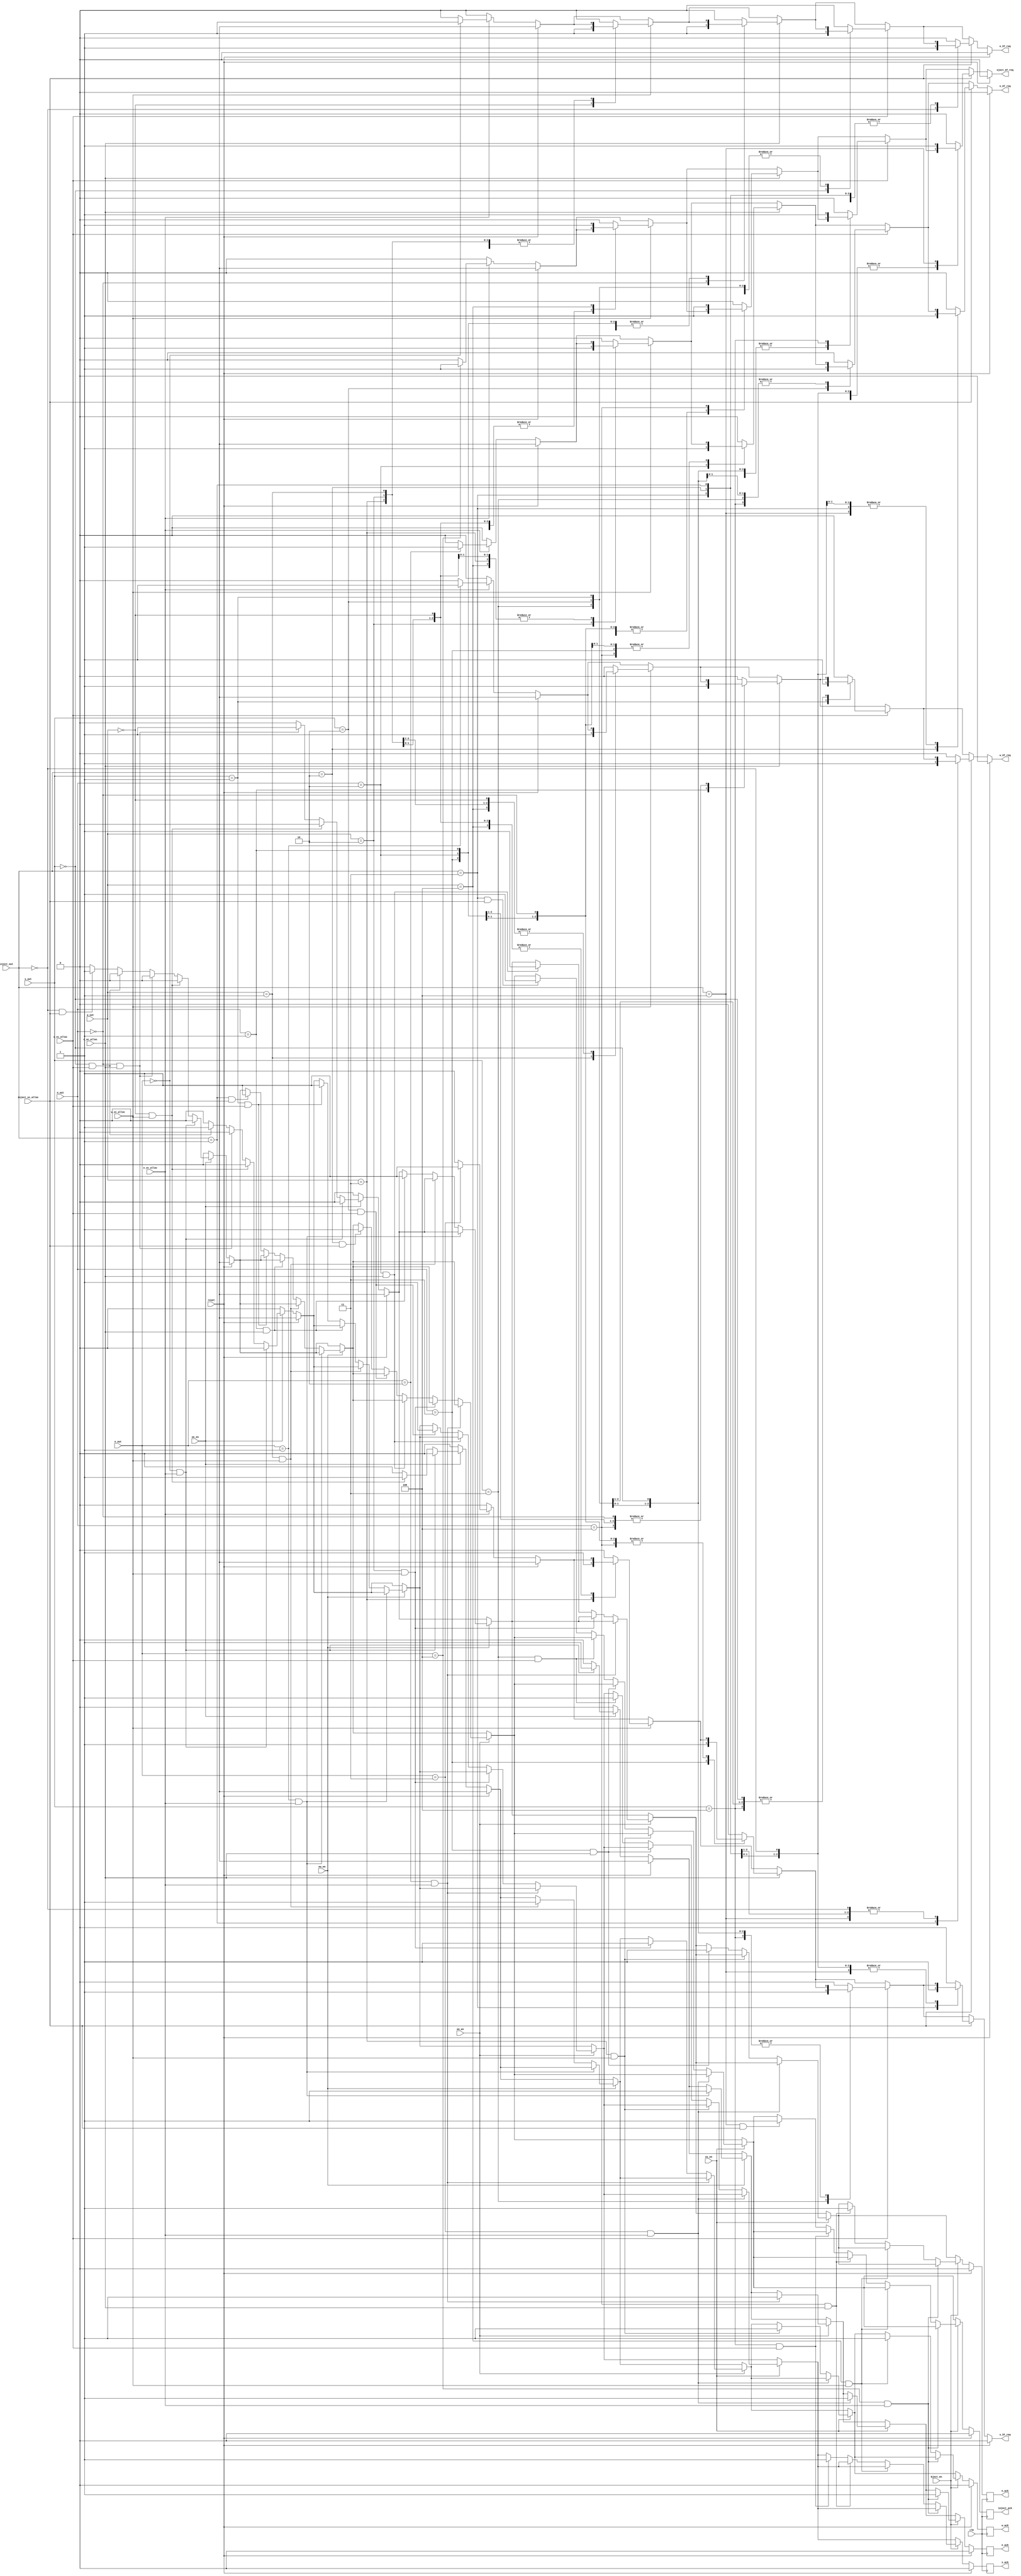
module ST_Controler (output reg e_ST_req, w_ST_req, n_ST_req, s_ST_req, eject_ST_req, e_ack, w_ack, n_ack, s_ack, inject_ack,
                     input clk, reset, e_vc_alloc, w_vc_alloc, n_vc_alloc, s_vc_alloc, inject_vc_alloc, oe_en, ow_en, on_en, os_en, Eject_en, 
                     input [2:0] e_out, w_out, n_out, s_out, inject_out);
  
  
  always @(*)
  begin
	if( reset)
		{e_ST_req, w_ST_req, n_ST_req, s_ST_req, eject_ST_req} = 5'b0;
	else
	begin
		{e_ST_req, w_ST_req, n_ST_req, s_ST_req, eject_ST_req} = 5'b0;	
		if(e_vc_alloc == 1)
		begin
		  case (e_out)
			3'b000:
			  e_ST_req = 1;
			3'b001:
			  w_ST_req = 1;
			3'b010:
			  n_ST_req = 1;
			3'b011:
			  s_ST_req = 1;
			3'b100:
			  eject_ST_req = 1;      
			default:
			  {e_ST_req, w_ST_req, n_ST_req, s_ST_req, eject_ST_req} = 5'b0;
		  endcase
		end
		
		if(w_vc_alloc == 1)
		begin
		  case (w_out)
			3'b000:
			  e_ST_req = 1;
			3'b001:
			  w_ST_req = 1;
			3'b010:
			  n_ST_req = 1;
			3'b011:
			  s_ST_req = 1;
			3'b100:
			  eject_ST_req = 1;      
			default:
			  {e_ST_req, w_ST_req, n_ST_req, s_ST_req, eject_ST_req} = 5'b0;
		  endcase
		end
		
		if(n_vc_alloc == 1)
		begin
		  case (n_out)
			3'b000:
			  e_ST_req = 1;
			3'b001:
			  w_ST_req = 1;
			3'b010:
			  n_ST_req = 1;
			3'b011:
			  s_ST_req = 1;
			3'b100:
			  eject_ST_req = 1;      
			default:
			  {e_ST_req, w_ST_req, n_ST_req, s_ST_req, eject_ST_req} = 5'b0;
		  endcase
		end
		
		if(s_vc_alloc == 1)
		begin
		  case (s_out)
			3'b000:
			  e_ST_req = 1;
			3'b001:
			  w_ST_req = 1;
			3'b010:
			  n_ST_req = 1;
			3'b011:
			  s_ST_req = 1;
			3'b100:
			  eject_ST_req = 1;      
			default:
			  {e_ST_req, w_ST_req, n_ST_req, s_ST_req, eject_ST_req} = 5'b0;
		  endcase
		end
		
		if(inject_vc_alloc == 1)
		begin
		  case (inject_out)
			3'b000:
			  e_ST_req = 1;
			3'b001:
			  w_ST_req = 1;
			3'b010:
			  n_ST_req = 1;
			3'b011:
			  s_ST_req = 1;
			3'b100:
			  eject_ST_req = 1;      
			default:
			  {e_ST_req, w_ST_req, n_ST_req, s_ST_req, eject_ST_req} = 5'b0;
		  endcase
		end
	end
  end
  
  
  always @(posedge clk)
  begin
	if( reset )
		{e_ack, w_ack, n_ack, s_ack, inject_ack} = 5'b0;
	else
	begin
		{e_ack, w_ack, n_ack, s_ack, inject_ack} = 5'b0;
		if(oe_en == 1)
		begin
		  if(e_out == 3'd0 && e_vc_alloc)
			e_ack = 1;
		  else if(w_out == 3'd0 && w_vc_alloc)
			w_ack = 1;
		  else if(n_out == 3'd0 && n_vc_alloc)
			n_ack = 1;
		  else if(s_out == 3'd0 && s_vc_alloc)
			s_ack = 1;
		  else if(inject_out == 3'd0 && inject_vc_alloc)
			inject_ack = 1;
		end
		if(ow_en == 1)
		begin
		  if(e_out == 3'd1 && e_vc_alloc)
			e_ack = 1;
		  else if(w_out == 3'd1 && w_vc_alloc)
			w_ack = 1;
		  else if(n_out == 3'd1 && n_vc_alloc)
			n_ack = 1;
		  else if(s_out == 3'd1 && s_vc_alloc)
			s_ack = 1;
		  else if(inject_out == 3'd1 && inject_vc_alloc)
			inject_ack = 1;
		end
		if(on_en == 1)
		begin
		  if(e_out == 3'd2 && e_vc_alloc)
			e_ack = 1;
		  else if(w_out == 3'd2 && w_vc_alloc)
			w_ack = 1;
		  else if(n_out == 3'd2 && n_vc_alloc)
			n_ack = 1;
		  else if(s_out == 3'd2 && s_vc_alloc)
			s_ack = 1;
		  else if(inject_out == 3'd2 && inject_vc_alloc)
			inject_ack = 1;
		end
		if(os_en == 1)
		begin
		  if(e_out == 3'd3 && e_vc_alloc)
			e_ack = 1;
		  else if(w_out == 3'd3 && w_vc_alloc)
			w_ack = 1;
		  else if(n_out == 3'd3 && n_vc_alloc)
			n_ack = 1;
		  else if(s_out == 3'd3 && s_vc_alloc)
			s_ack = 1;
		  else if(inject_out == 3'd3 && inject_vc_alloc)
			inject_ack = 1;
		end
		if(Eject_en == 1)
		begin
      if(e_out == 3'd4 && e_vc_alloc)
        e_ack = 1;
      else if(w_out == 3'd4 && w_vc_alloc)
        w_ack = 1;
      else if(n_out == 3'd4 && n_vc_alloc)
        n_ack = 1;
      else if(s_out == 3'd4 && s_vc_alloc)
        s_ack = 1;
      else if(inject_out == 3'd4 && inject_vc_alloc)
        inject_ack = 1;
    end
	end
  end
  
endmodule